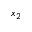
x _ { 2 }